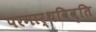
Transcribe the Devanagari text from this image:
परमार्थविवृति